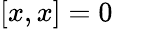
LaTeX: [x,x]=0\quad